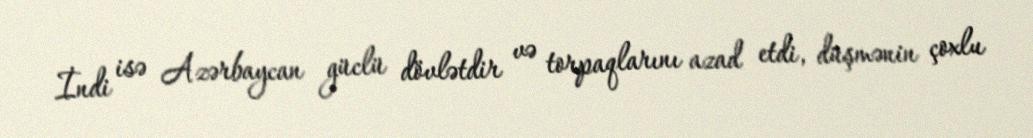
İndi isə Azərbaycan güclü dövlətdir və torpaqlarını azad etdi, düşmənin çoxlu